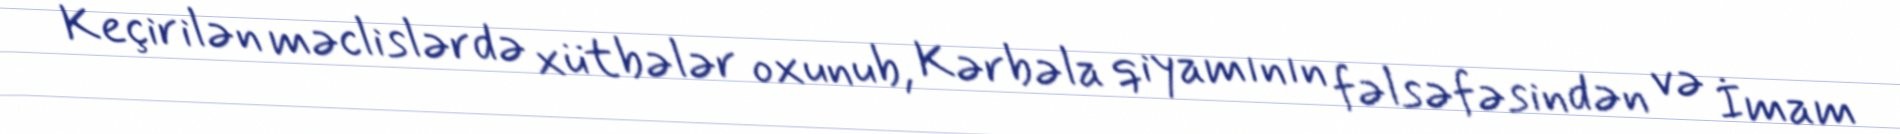
Keçirilən məclislərdə xütbələr oxunub, Kərbəla qiyamının fəlsəfəsindən və İmam